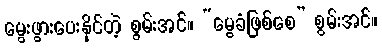
မွေးဖွားပေးနိုင်တဲ့ စွမ်းအင်။ “မွေခံဖြစ်စေ” စွမ်းအင်။